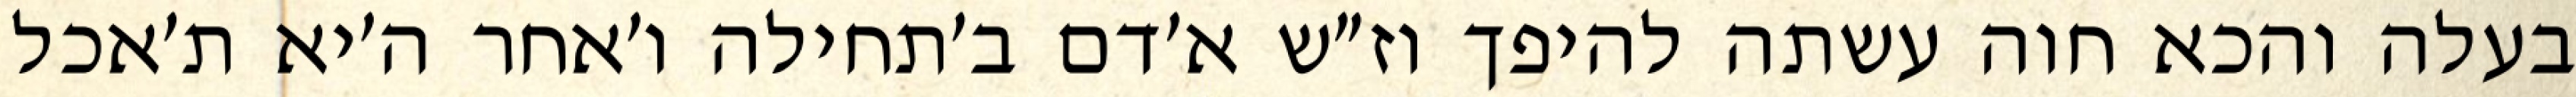
בעלה והכא חוה עשתה להיפך וז״ש א׳דם ב׳תחילה ו׳אחר ה׳יא ת׳אכל